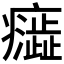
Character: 𭼷